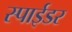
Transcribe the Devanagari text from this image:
स्पाईडर